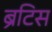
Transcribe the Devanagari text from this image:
ब्रटिस